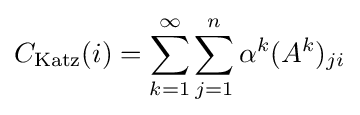
C_{\mathrm {Katz} }(i)=\sum _{k=1}^{\infty }\sum _{j=1}^{n}\alpha ^{k}(A^{k})_{ji}